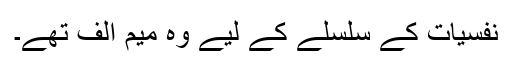
نفسیات کے سلسلے کے لیے وہ میم الف تھے۔